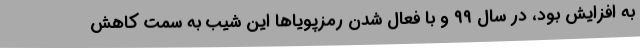
به افزایش بود، در سال ۹۹ و با فعال شدن رمزپویاها این شیب به سمت کاهش